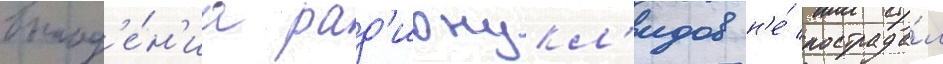
выпад'е́н'иа рад'ионукл'идов н'е́ пострада́л